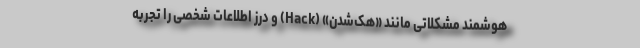
هوشمند مشکلاتی مانند «هک‌شدن» (Hack) و درز اطلاعات شخصی را تجربه